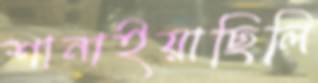
শানাইয়াছিলি